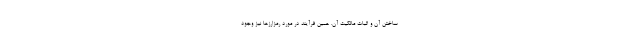
ساختن آن و اثبات مالکیت آن. همین فرآیند در مورد رمزارزها نیز وجود